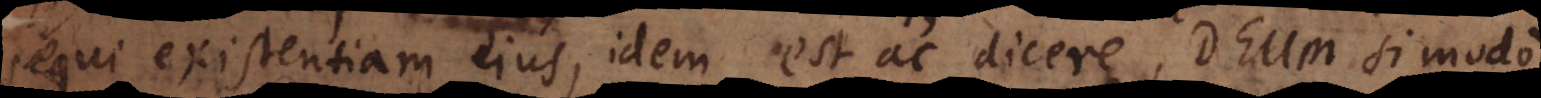
sequi existentiam ejus, idem est ac dicere, Deum si modo